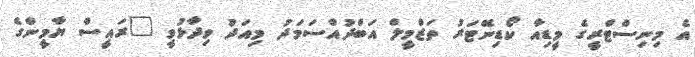
އެ މިނިސްޓްރީގެ މީޑިއާ ކޯޑިނޭޓަރު ތަޒްމީލް އަބްދުއްސަމަދު މިއަދު ވިދާޅުވީ "ރައީސް ޔާމީންގެ